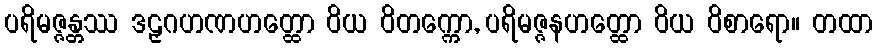
ပရိမဇ္ဇန္တဿ ဒဠှဂဟဏဟတ္ထော ဝိယ ဝိတက္ကော, ပရိမဇ္ဇနဟတ္ထော ဝိယ ဝိစာရော။ တထာ